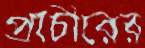
প্রাচীরের